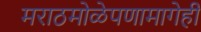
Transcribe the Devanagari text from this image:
मराठमोळेपणामागेही